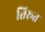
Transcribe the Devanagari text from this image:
तिरूत